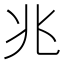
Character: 兆